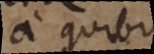
a quibus